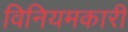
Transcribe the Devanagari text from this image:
विनियमकारी